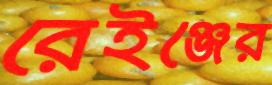
রেইঞ্জের